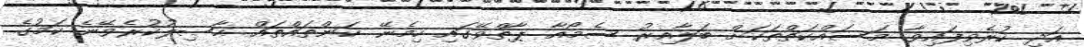
އަދި ކުރެވިފައިވާ މަސައްކަތްތަކަށް ބަލާއިރު ސެމޯއާ ޕާތްވޭގައި ހިމެނޭ ކަންތައްތައް ޙާޞިލުކުރެވޭނެ ކަމުގެ